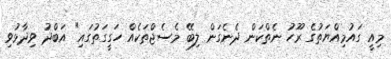
މިއީ ގައުމިއްޔަތުގެ ރޫހު ނެތްކަން ދެނެގަން ލިބޭ މެސެޖްތަކެއް ހަގީގަތުގައި" އަބްދު ވިދާޅުވި